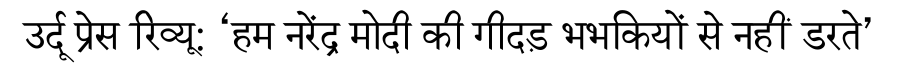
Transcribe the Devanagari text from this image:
उर्दू प्रेस रिव्यू: ‘हम नरेंद्र मोदी की गीदड़ भभकियों से नहीं डरते’